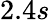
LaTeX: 2.4s